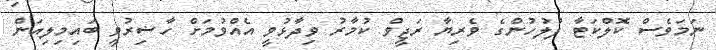
ނަމަވެސް ކޮލްކަޓާ ފުލުހުންގެ ވެރިޔާ ރަޖީވް ކުމާރު ވިދާޅުވީ އެއްވުމަށް ހާޟިރުވީ ބައިމިލިއަން